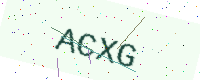
Text: ACXG